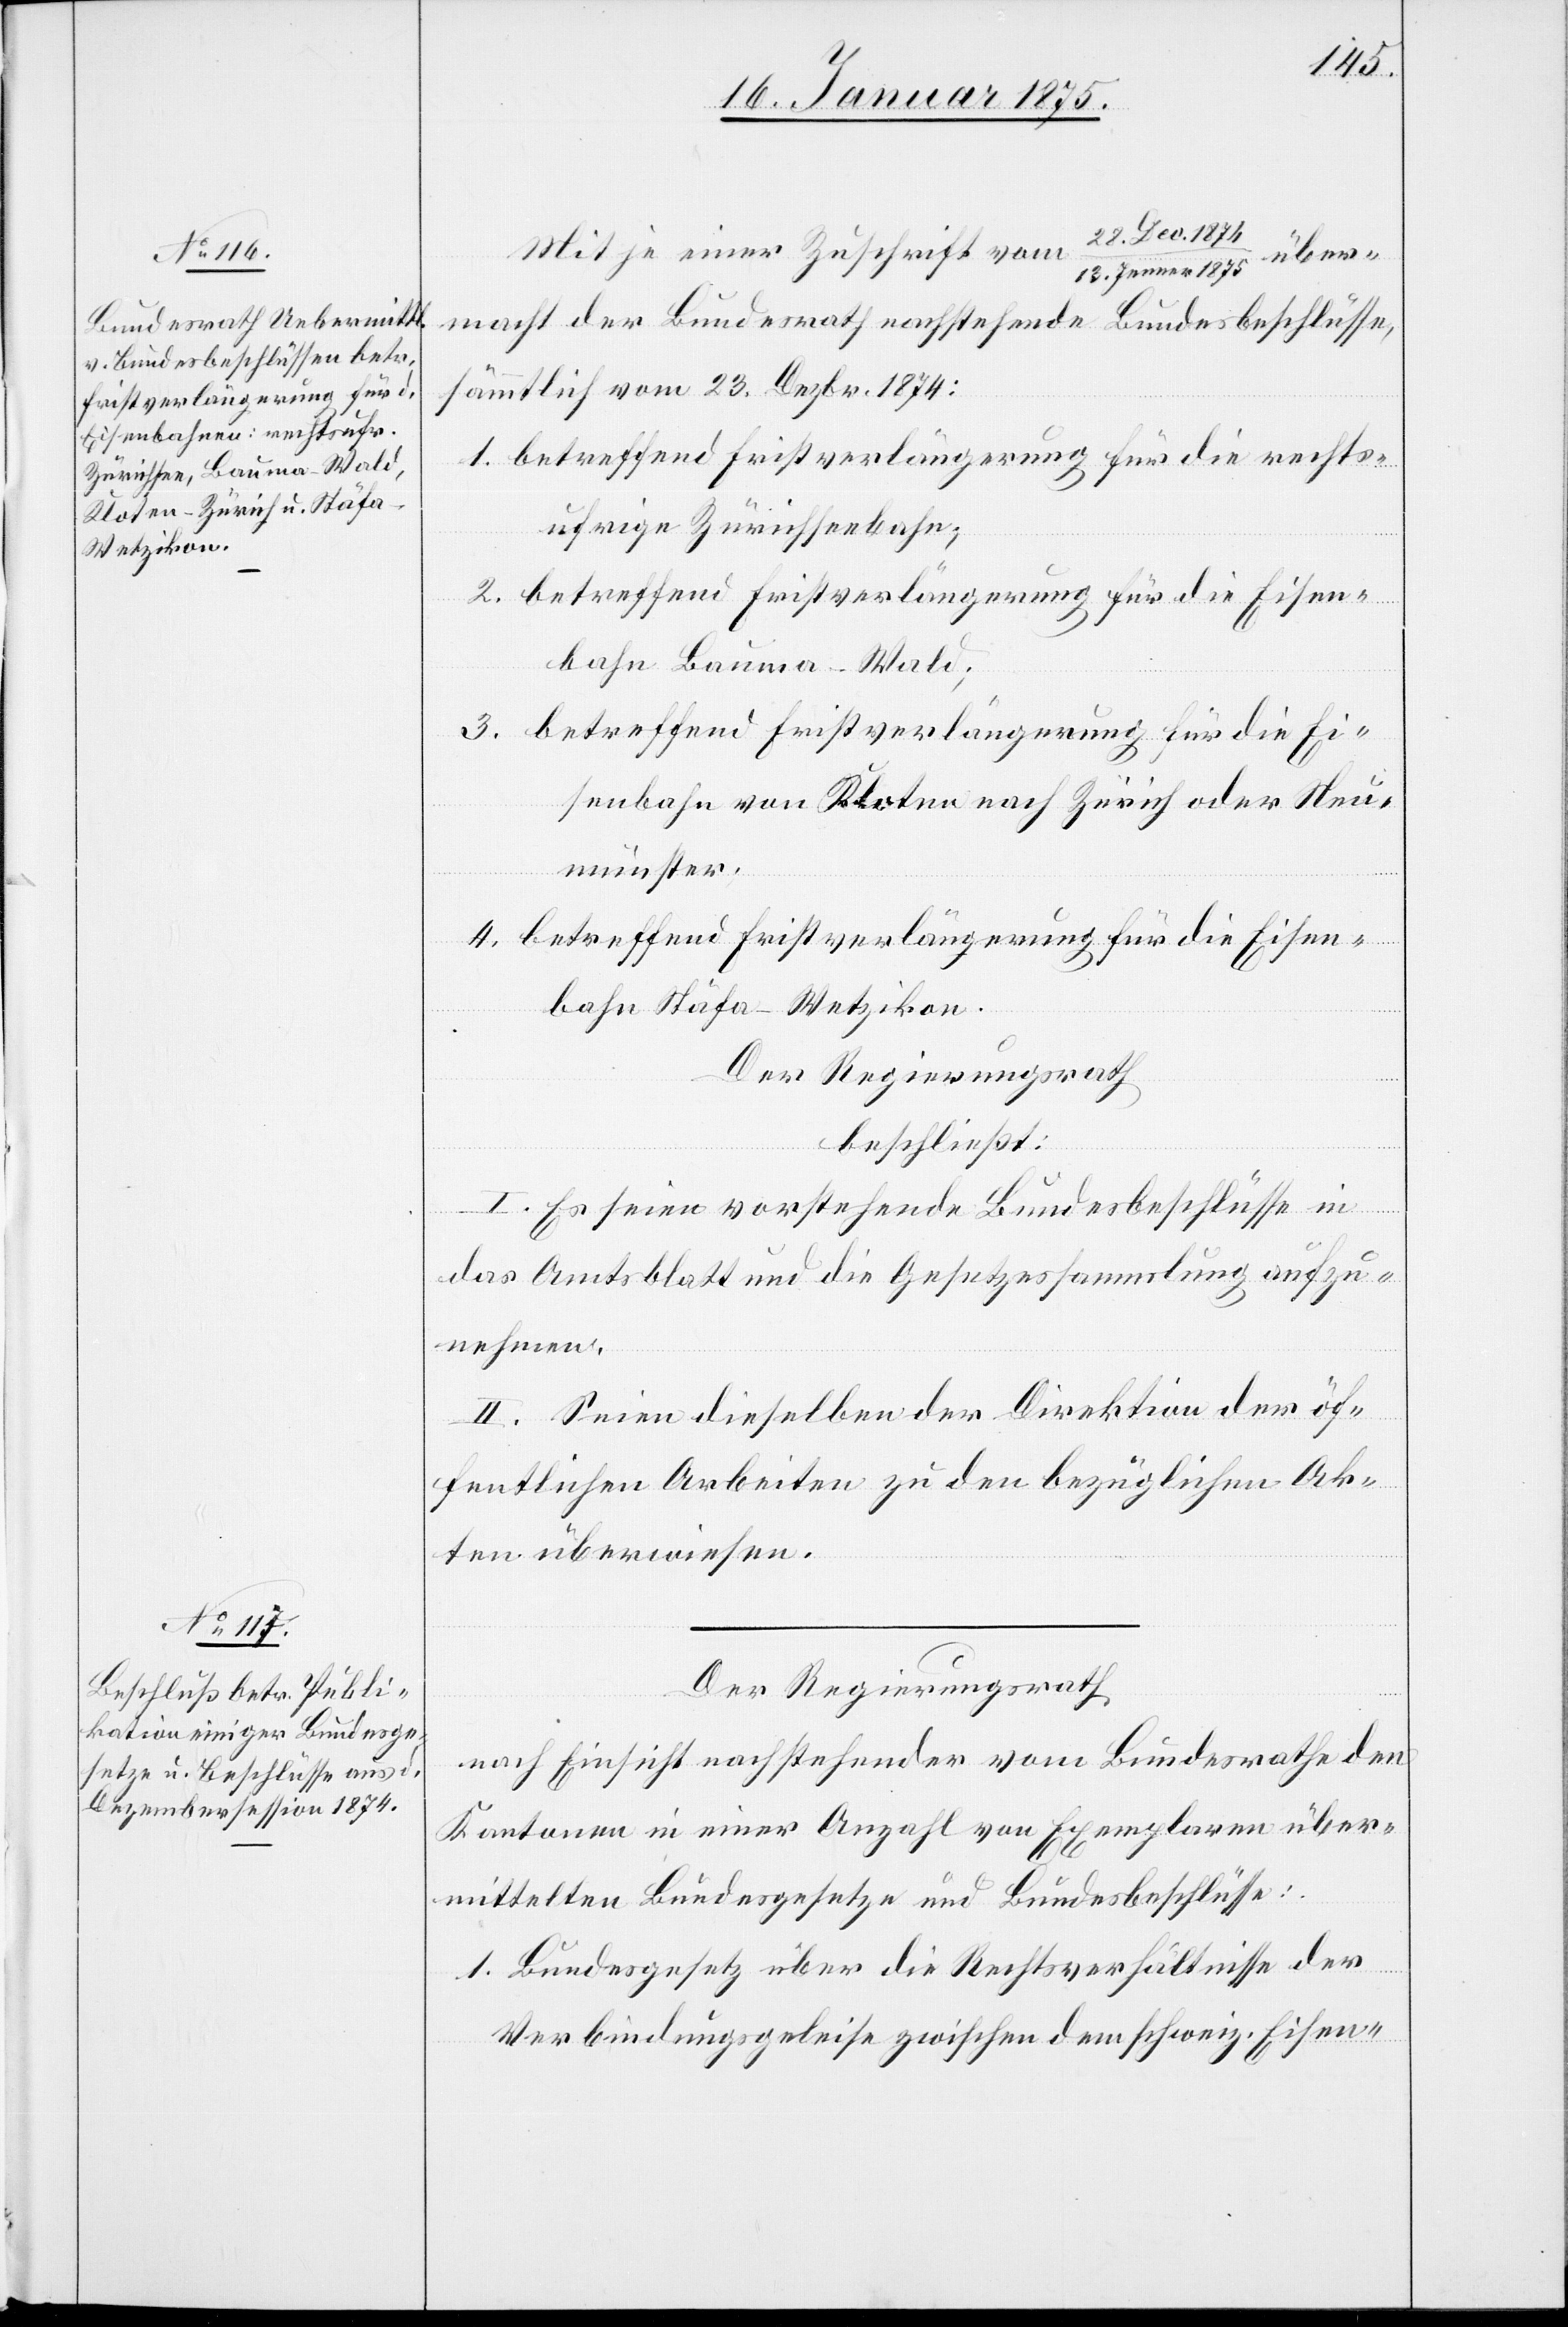
Mit je einer Zuschrift vom
1874/13. Jenner 1875 über¬
macht der Bundesrath nachstehende Bundesbeschlüsse,
sämmtlich vom 23. Dezbr. 1874:
1. betreffend Fristverlängerung für die rechts¬
ufrige Zürichseebahn;
2. betreffend Fristverlängerung für die Eisen¬
bahn Bauma–Wald;
3. betreffend Fristverlängerung für die Ei¬
senbahn von Kloten nach Zürich oder Neu¬
münster;
4. betreffend Fristverlängerung für die Eisen¬
bahn Stäfa–Wetzikon.
Der Regierungsrath
beschließt:
I. Es seien vorstehende Bundesbeschlüsse in
das Amtsblatt und die Gesetzessammlung aufzu¬
nehmen.
II. Seien dieselben der Direktion der öf¬
fentlichen Arbeiten zu den bezüglichen Ak¬
ten überwiesen.
Der Regierungsrath
nach Einsicht nachstehender vom Bundesrathe den
Kantonen in einer Anzahl von Exemplaren über¬
mittelten Bundesgesetze und Bundesbeschlüsse:
1. Bundesgesetz über die Rechtsverhältnisse der
Verbindungsgeleise zwischen dem schweiz. Eisen-